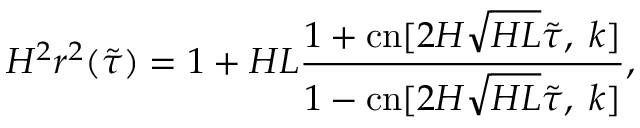
H ^ { 2 } r ^ { 2 } ( \tilde { \tau } ) = 1 + H L \frac { 1 + \mathrm { c n } [ 2 H \sqrt { H L } \tilde { \tau } , \; k ] } { 1 - \mathrm { c n } [ 2 H \sqrt { H L } \tilde { \tau } , \; k ] } ,